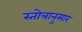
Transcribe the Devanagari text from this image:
स्तोत्रानुसार